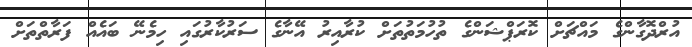
އުރްދޮގާންގެ މައްޗަށް ކޮރަޕްޝަންގެ ތުހުމަތުތަށް ކުރާއިރު އޭނާގެ ސަރުކާރުގައި ހިމެނޭ ބައެއް ފަރާތްތަށް